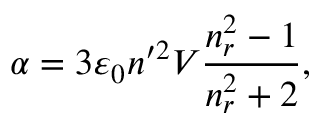
\alpha = 3 \varepsilon _ { 0 } n ^ { \prime 2 } V \frac { n _ { r } ^ { 2 } - 1 } { n _ { r } ^ { 2 } + 2 } ,